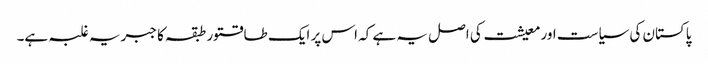
پاکستان کی سیاست اور معیشت کی اصل یہ ہے کہ اس پر ایک طاقتور طبقہ کا جبریہ غلبہ ہے۔